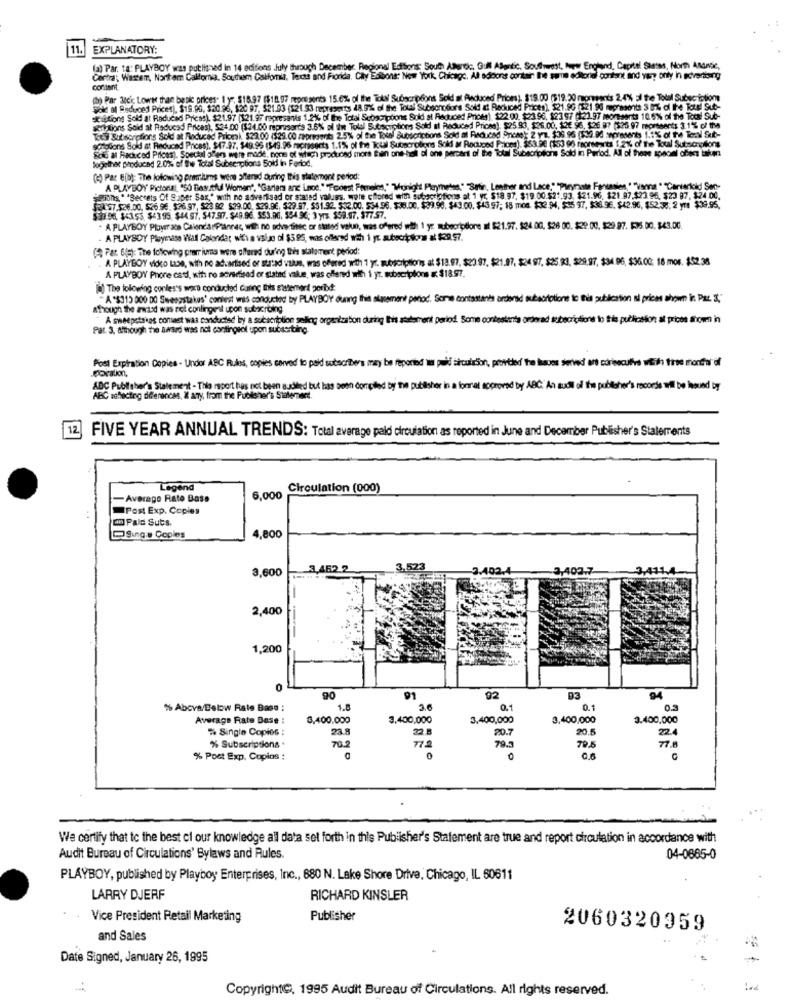
11.
EXPLANATORY:
(a) Par. 18: PLAYBOY was published in 14 ecitons July through December Regional Edisons: South Atlantic, Gull Alantic, Southwest, New England, Capital Sassss, North AMMe,
Central; Wasser, Northom Calloria, Southern California, Texts and Florida. City Eabone: New York, Chicago, AB adoons contain the price editoria content and ver? only in solvenising
corlient.
(8) Par Me'i Lower than basic prices. 1yr: $18.97 (518.97 momsents 15.6% of the Tols Subscripéns Sold at Raduon Priom), $19.00 (519.30 momments 2,4% 51 the Total Subscriptions
Sok af Reduced Prices), $19.90, $20.96, $20 97, $21.93 (121 93 represents 48. 5% of the Total Subsonodiors Sold at Reduced Proces), $21.90 (521 .95 mpnedite 3 0% di Ihe Totel Sut-
deiations Sold at Raducad Pricss) $21.97 (121 9F represants 1,2% of the Total Scoscriptions Sold at Reduced Prices). $22.00. $23 96. $23 97 (123.97 momsents 10.6% of the Tool Sub-
sell lions Sold at Reduced Prices), 524,00 (534.00 represarts 3.6% pl I Total Subscriptions Sold al Reduced Prices). $25.93, $26.00, $26 96, 526 87 (326 97 represents 3.1% of the
sotodons Sold at Reduced Prices), $47-97. $49.95 (549.96 represents 1.1% of the Total Subscriptions Sold a Reduced Frioes). $53.9€ (153 96 moreeorts 1 2% of the Total Subscriptions
Key Subscriptions Sold at Reduced Pricesi. 522.00 (529.00 represents 2.5% of the Tosel Subscriptions Sold al Reduced Pronet; 2 yZ. $36 96 (534 90 sepresents 1,1% of the TenNl Sut-
Solo al Reduced Prices). Special Offers were made, none of which produced mors Bien one-hall al one percent of the Total Subscriptions Sold in Period. All of these special offers taken
Sogether produced 2.0%% of Swe Total Subsenptions Sold in Ferod.
(2) Par e(b): The following premiums were altered during this statement period:
A PLAYBOY Pictorial, "50 Beautiful Woman", "Garlars anc Lnod.""Todest Females,""Tonight Playmetes." Satir, Lesthor and Lace,""Purynote Fantasies ""vonna " "Cartarickd Sen-
spionhis " "Secrets Of Super Sax .* with no advertsad or stated values, were ctored with subscriptions at 1 y. $18.97, $19.00.521,93. $21.96, 821.87.523 96, $23 97. $24.00.
21:57.526.00. 526 96. 536.97, 523 82 $39.00, 529.96, 529 87. $31.92. $32.00. 534.96. $38.00. $39.90. $43.00. $43 97; 18 mos. $32 )4, $35 97, $36 96. $42.96, $52.38, 2 yr1 $39.95.
$30 56, 3<353. $4395. $44 97. 547.97. $49.96. 553.06. 594 96; 3 yrs $59.97. 97757.
A PLAYBOY Player aos CalendarPlanrec, with no advertitec or statodi value, was offered with 1 yr subscriptione af $21.97. $24.00, 526 00. $29.00, $29 97. $36.00. $43.00.
A PLAYBOY Playmate Wall Calonder wih a value of $595, was offered wth 1 yt subscriptions at $29.97.
( Part 6(e): The following prarriuma were offered during this statement period:
A PLAYBOY video LaSe, with no advertised or strtad value, was offered with 1 yr. subscriptionis at $13.97, $23.97. $21.07, $24 97. $25.23, $29.97, $34 96, $36.00: 18 mor. $52.35
A PLAYBOY Phone cadd, with no advertised or slated value, was offered with 1 yr. subscriptions &: $18.97.
[a] The following conles's wars conducted Caring this statement porbd:
"A "$313 000 DO Sweepstakes' contest was conducted by PLAYBOY dunng this alsement period. Some contattanes arderad subscriptions to this publication al prices shown in. PAL. 3,"
Athrough the award was not conlingeil upon sobricrbing
A sweepstakes comast was conducted by a subscription seller organization during this statement period. Some contestants orderad subscriptions to tis publicsson at prices ahom) in
Pat. 3. Although the award was not contingsoll upon substring.
Post Expiration Copies - Undor ABC Rules, copies carved to paid subscribers may be reported w puld Bircuisson, provtied the laves served art cdrinoculfre with three monitor of
poration,
ADC Publisher's Statement - The report has not been audited but has been compiled by the publisher in a format approved by ABC. An sudil of the publisher's recorde wil be loved by
ABC saffecting differences, X ary, from the Publisher's Statement.
12.
FIVE YEAR ANNUAL TRENDS: Total average pald circulation as reported in June and December Publisher's Statements
Legend
Circulation (000)
- Average Rato Base
6,000
Post Exp. Copies
Pale Suts.
Sing's Copies
4,800
3,600
3.462 2
52-
1.02.
3,403.7
2,400
1,200
90
91
92
93
94
% Abcva/Below Rate Bass :
1.8
3.6
0.1
0.1
0.3
Average Rate Base :
3,400.000
3,400,000
3,400,000
3,400,000
3.400,000
Single Copios :
23.8
22 B
20.7
20 5
224
77 2
79.3
% Subscriptions .
70.2
79.5
77.8
% Post Exp. Copios :
We certify that to the best ci our knowledge all data set forth in this Publisher's Statement are true and report circulation in accordance with
Audit Bureau of Circulations' Bylaws and Rules.
04-0685-0
PLAYBOY, published by Playboy Enterprises, Inc ., 680 N. Lake Shore Drive, Chicago, IL 60611
LARRY DJERF
RICHARD KINSLER
Vice President Retail Marketing
Publisher
2060320959
and Sales
Date Signed, January 26, 1995
Copyright@, 1995 Audit Bureau of Circulations. All rights reserved.